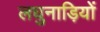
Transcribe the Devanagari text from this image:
लघुनाड़ियों